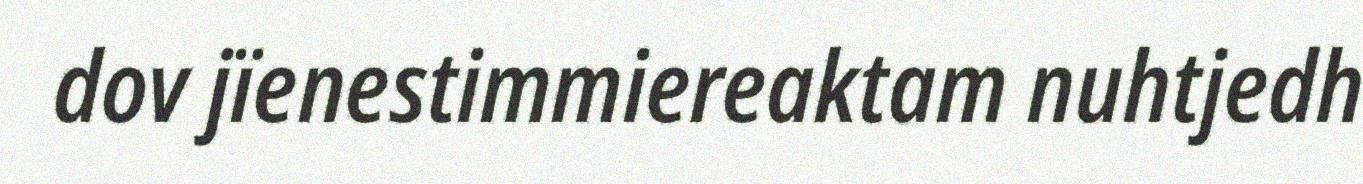
dov jïenestimmiereaktam nuhtjedh